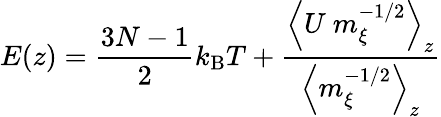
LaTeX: E(z)=\frac{3N-1}{2}k_{\mathrm{B}}T+\frac{\left<U\ m_{\xi}^{-1/2}\right>_{z}}{\left<m_{\xi}^{-1/2}\right>_{z}}